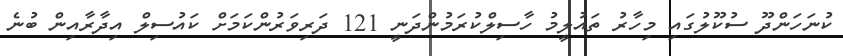
ކުނަހަންދޫ ސުކޫލުގައި މިހާރު ތައުލީމު ހާސިލްކުރަމުންދަނީ 121 ދަރިވަރުންކަމަށް ކައުސިލް އިދާރާއިން ބުނެ